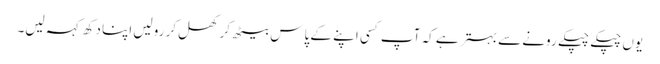
یوں چپکے چپکے رونے سے بہتر ہے کہ آپ کسی اپنے کے پاس بیٹھ کر کھل کر رولیں اپنا دکھ کہہ لیں۔